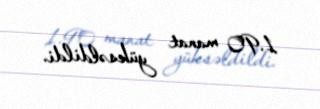
1.90 manat yüksəldildi.